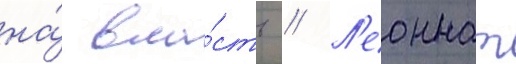
на́ вла́сть // Л'еоннат